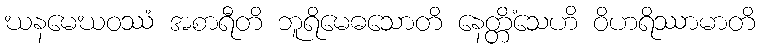
ဃနမေဃဝဿံ အစာရီတိ ဘူရိမေဓသောတိ နေတ္တိံသေဟိ ဝိဟရိဿာမာတိ